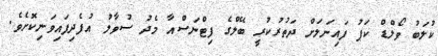
ކުލަބު ވޯލްޑް ކަޕު ފައިނަލަށް ދަތުރުކުރީ ބޭލްގެ ފިޓްނަސްއާ މެދު ސުވާލު އުފެދިފައިވަނިކޮށެވެ.